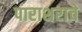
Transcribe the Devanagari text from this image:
पाराशराचे